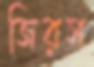
জিরস